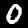
Label: 0